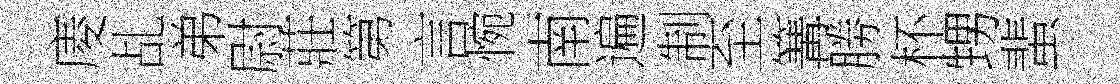
庱乩弟尉莊第言惋南遍制至篝勝杯甥蜚